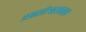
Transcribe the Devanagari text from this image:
अग्रलेखाबद्दल